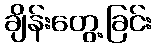
ချိန်းတွေ့ခြင်း